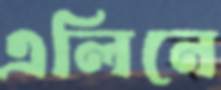
এলিনে